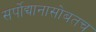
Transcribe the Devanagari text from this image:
सर्पोद्यानासोबतच